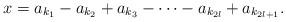
LaTeX: \begin{align*}x=a_{k_{1}}-a_{k_{2}}+a_{k_{3}}-\dotsb -a_{k_{2l}}+a_{k_{2l+1}}.\end{align*}